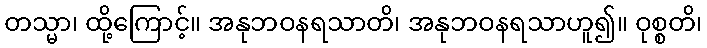
တသ္မာ၊ ထို့ကြောင့်။ အနုဘဝနရသာတိ၊ အနုဘဝနရသာဟူ၍။ ဝုစ္စတိ၊